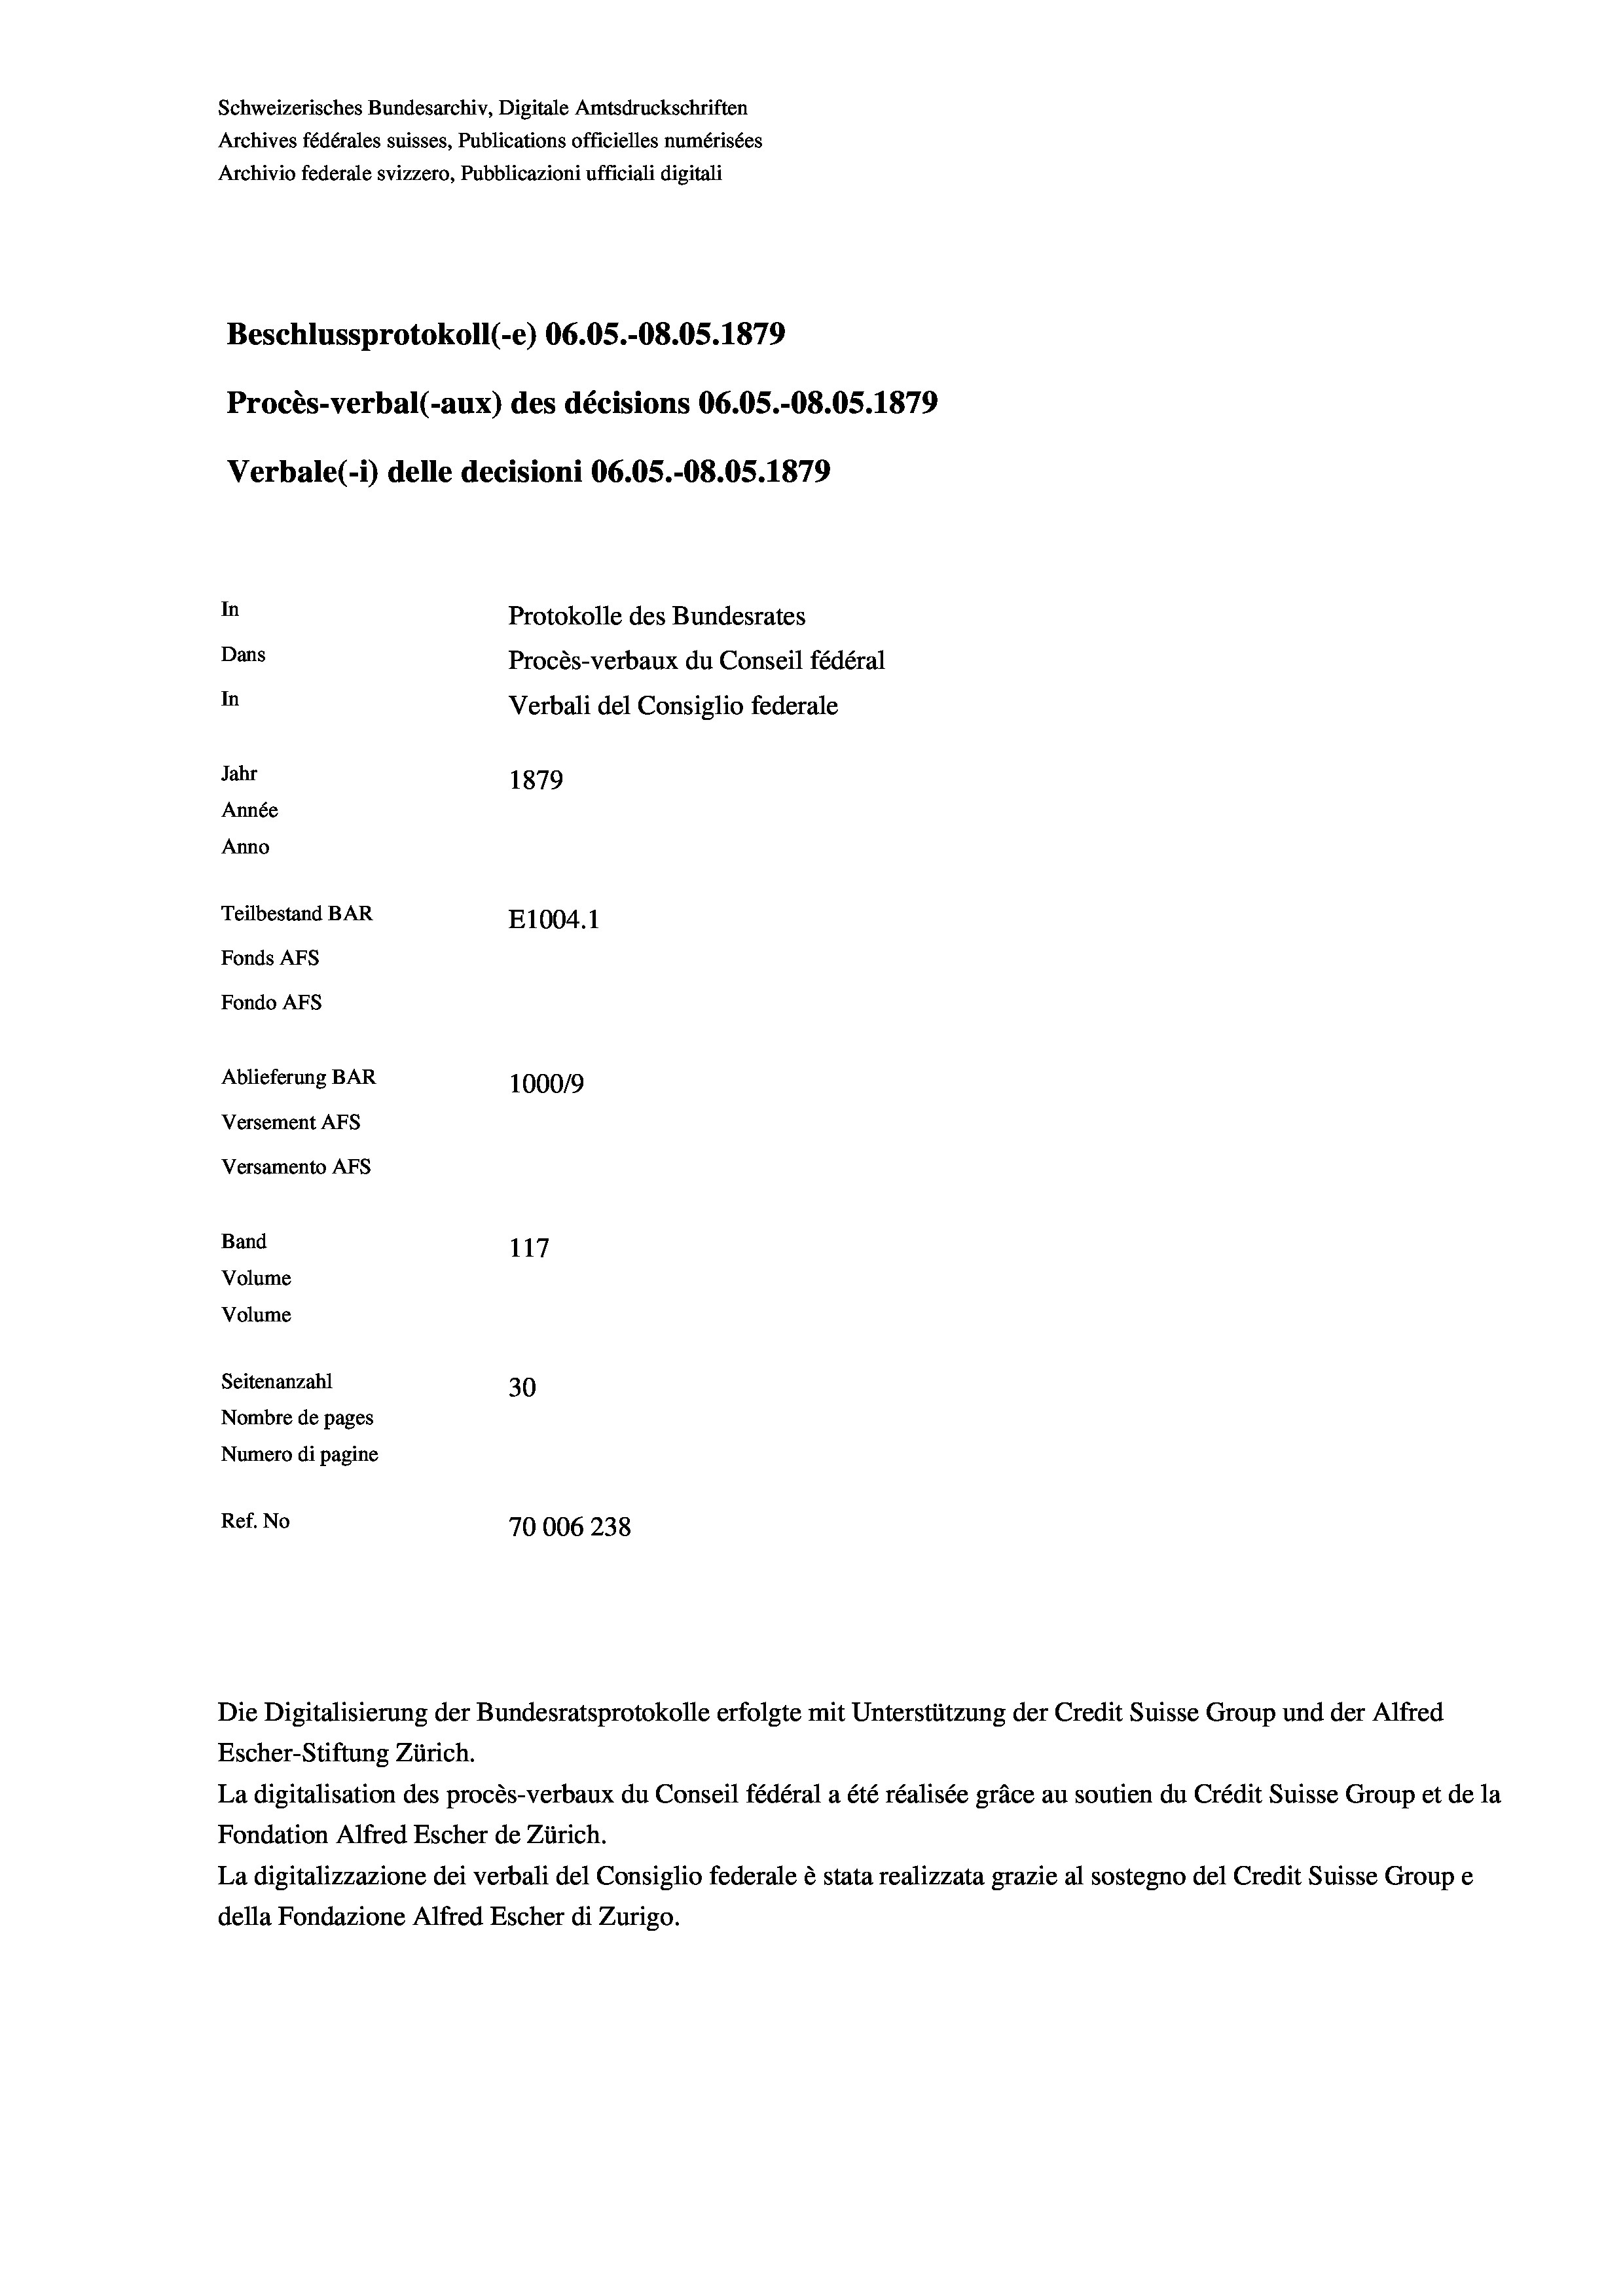
Schweizerisches Bundesarchiv, Digitale Amtsdruckschriften
Archives fédérales suisses, Publications officielles numérisées
Archivio federale svizzero, Pubblicazioni ufficiali digitali
Beschlussprotokoll (-e) 06.05.-O8.05. 1879
Procès-verbal (-aux) des décisions 06.05.-O8.05. 1879
Verbale(-*) delle decisioni 06.05.-O8.05. 1879
In
Protokolle des Bundesrates
Dans
Procès-verbaux du Conseil fédéral
In
Verbali del Consiglio federale
Jahr
1879
Année
Anno
Teilbestand BAR
E1004.1
Fonds AFs
Fondo AFS
Ablieferung BAR
100019
Versement AFs
Versamento AFs

117
Seitenanzahl
30
Nombre de pages
Numero di pagine
Ref. No
70006238

Band
Volume
Volume

Escher-Stiftung Zürich.
La digitalisation des procès-verbaux du Conseil fédéral a été réalisée gräce au soutien du Crédit Suisse Group et de la
Fondation Alfred Escher de Zürich.
La digitalizzazione dei verbali del Consiglio federale è stata realizzata grazie al sostegno del Credit Suisse Groupe
della Fondazione Alfred Escher di Zurigo.

Die Digitalisierung der Bundesratsprotokolle erfolgte mit Unterstützung der Credit Suisse Group und der Alfred